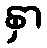
နှာ